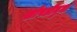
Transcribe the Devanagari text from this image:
खोपडीनुमा